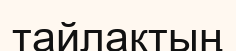
тайлақтың